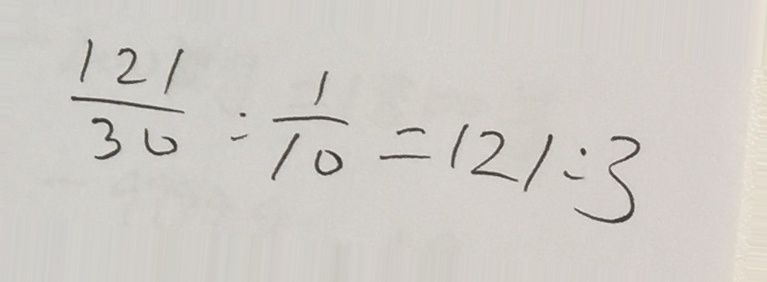
\frac { 1 2 1 } { 3 0 } : \frac { 1 } { 1 0 } = 1 2 1 : 3